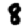
Digit: 8